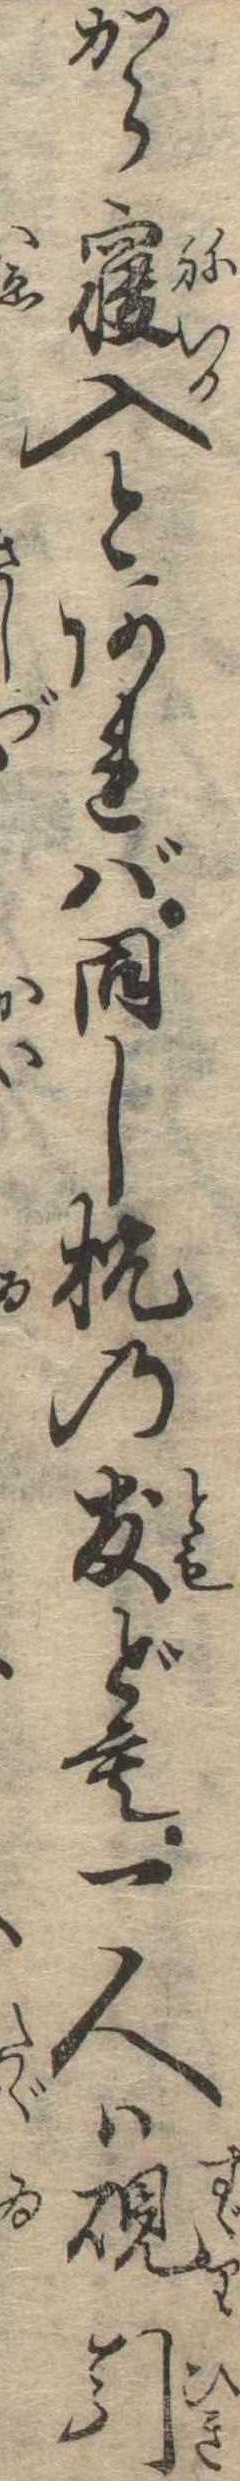
から寝入とあれば同し枕の友ども一人は硯引